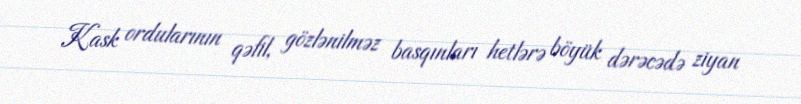
Kask ordularının qəfil, gözlənilməz basqınları hetlərə böyük dərəcədə ziyan